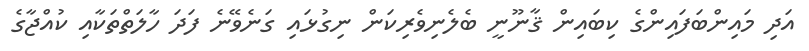
އަދި މައިންބަފައިންގެ ކިބައިން ޤާނޫނީ ބެލެނިވެރިކަން ނިގުޅައި ގަނެވޭނެ ފަދަ ހާލަތްތަކާއި ކުއްޖާގެ